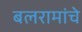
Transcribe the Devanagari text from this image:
बलरामांचे